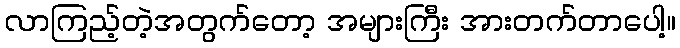
လာကြည့်တဲ့အတွက်တော့ အများကြီး အားတက်တာပေါ့။